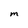
Character: m